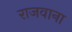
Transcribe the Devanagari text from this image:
राजवाना